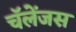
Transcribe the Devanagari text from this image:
चॅलेंजस